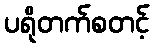
ပရိုတက်စတင့်